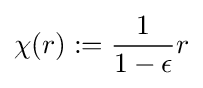
\chi (r):={\frac {1}{1-\epsilon }}r